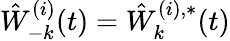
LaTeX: \hat{W}_{-k}^{(i)}(t)=\hat{W}_{k}^{(i),*}(t)